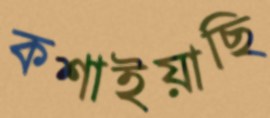
কশাইয়াছি